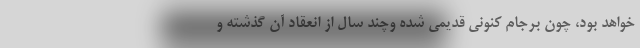
خواهد بود، چون برجام کنونی قدیمی شده وچند سال از انعقاد آن گذشته و